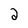
Character: 2